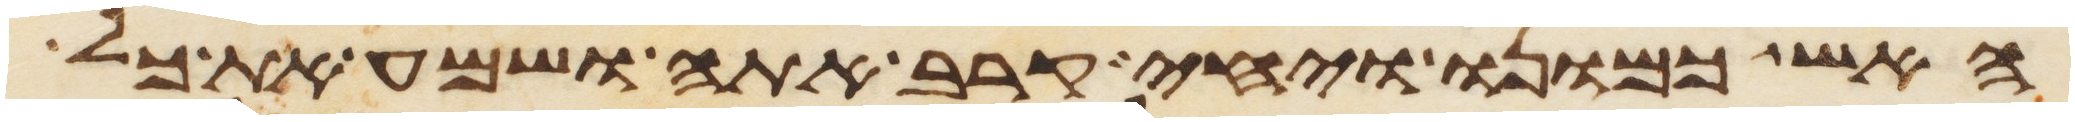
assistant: האש כמונו ויחי קרב אתה ושמע את כל